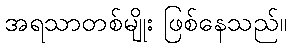
အရသာတစ်မျိုး ဖြစ်နေသည်။